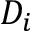
D _ { i }